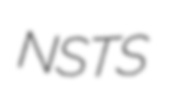
NSTS